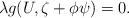
LaTeX: \begin{align*}\lambda g(U,\zeta +\phi \psi )=0. \end{align*}